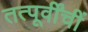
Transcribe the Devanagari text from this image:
तत्पूर्वींचीं